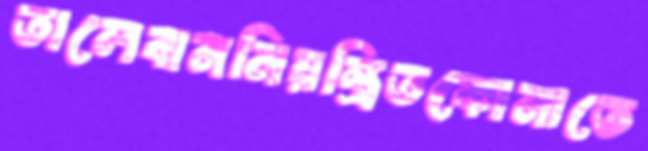
তালেবাননিয়ন্ত্রিতকোমাতে